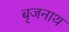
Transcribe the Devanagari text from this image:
बृजनाथ